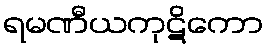
ရမဏီယကုဋိကော